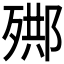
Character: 𣨳